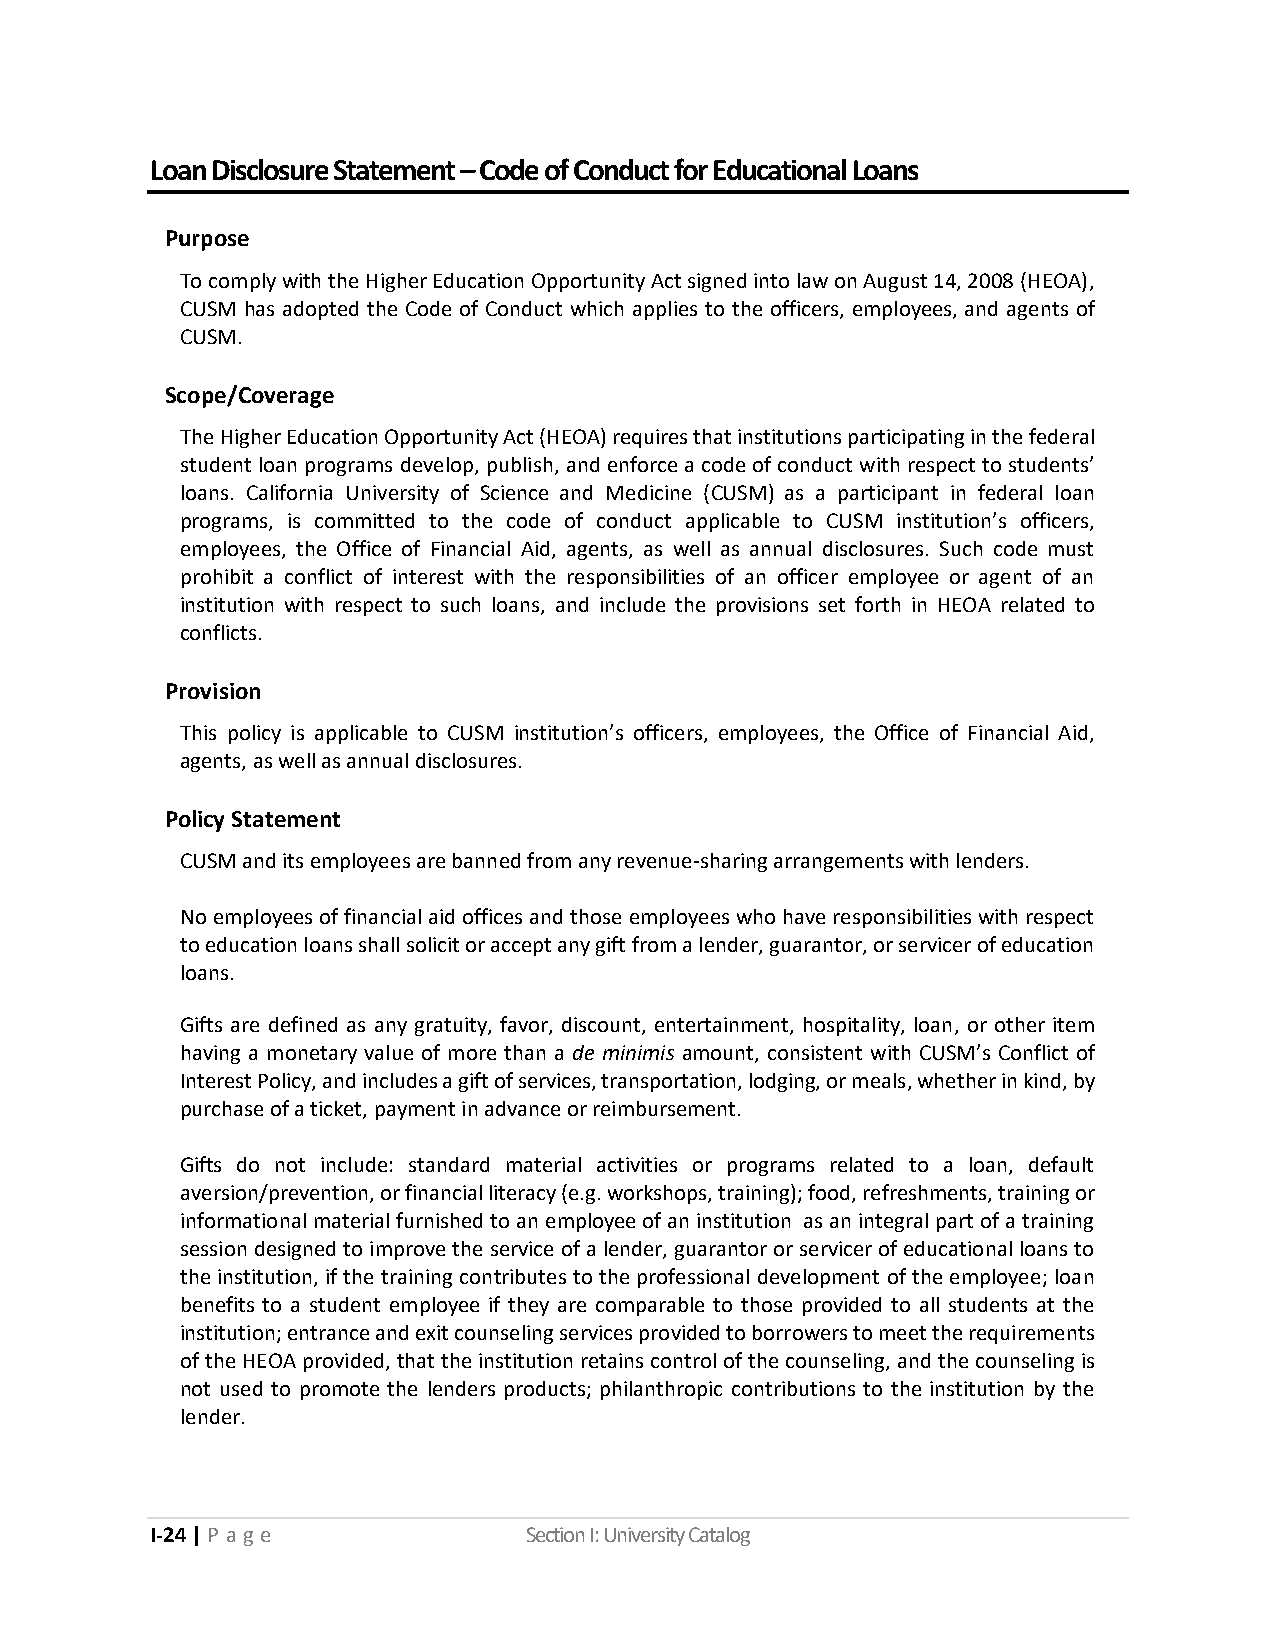
Loan Disclosure Statement – Code of Conduct for Educational Loans
 Purpose
 To comply with the Higher Education Opportunity Act signed into law on August 14, 2008 (HEOA),
 CUSM has adopted the Code of Conduct which applies to the officers, employees, and agents of
 CUSM.
 Scope/Coverage
 The Higher Education Opportunity Act (HEOA) requires that institutions participating in the federal
 student loan programs develop, publish, and enforce a code of conduct with respect to students’
 loans. California University of Science and Medicine (CUSM) as a participant in federal loan
 programs, is committed to the code of conduct applicable to CUSM institution’s officers,
 employees, the Office of Financial Aid, agents, as well as annual disclosures. Such code must
 prohibit a conflict of interest with the responsibilities of an officer employee or agent of an
 institution with respect to such loans, and include the provisions set forth in HEOA related to
 conflicts.
 Provision
 This policy is applicable to CUSM institution’s officers, employees, the Office of Financial Aid,
 agents, as well as annual disclosures.
 Policy Statement
 CUSM and its employees are banned from any revenue-sharing arrangements with lenders.
 No employees of financial aid offices and those employees who have responsibilities with respect
 to education loans shall solicit or accept any gift from a lender, guarantor, or servicer of education
 loans.
 Gifts are defined as any gratuity, favor, discount, entertainment, hospitality, loan, or other item
 having a monetary value of more than a de minimis amount, consistent with CUSM’s Conflict of
 Interest Policy, and includes a gift of services, transportation, lodging, or meals, whether in kind, by
 purchase of a ticket, payment in advance or reimbursement.
 Gifts do not include: standard material activities or programs related to a loan, default
 aversion/prevention, or financial literacy (e.g. workshops, training); food, refreshments, training or
 informational material furnished to an employee of an institution as an integral part of a training
 session designed to improve the service of a lender, guarantor or servicer of educational loans to
 the institution, if the training contributes to the professional development of the employee; loan
 benefits to a student employee if they are comparable to those provided to all students at the
 institution; entrance and exit counseling services provided to borrowers to meet the requirements
 of the HEOA provided, that the institution retains control of the counseling, and the counseling is
 not used to promote the lenders products; philanthropic contributions to the institution by the
 lender.
 I-24 | P a ge            Section I: University Catalog